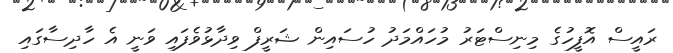
ރައީސް އޮފީހުގެ މިނިސްޓަރު މުހައްމަދު ހުސައިން ޝަރީފް ވިދާޅުވެފައި ވަނީ އެ ހާދިސާގައި